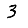
Digit: 3